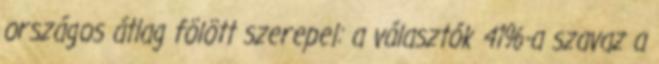
országos átlag fölött szerepel: a választók 41%-a szavaz a